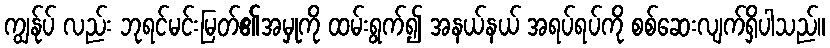
ကျွန်ုပ် လည်း ဘုရင်မင်းမြတ်၏အမှုကို ထမ်းရွက်၍ အနယ်နယ် အရပ်ရပ်ကို စစ်ဆေးလျက်ရှိပါသည်။